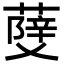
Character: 𦼧